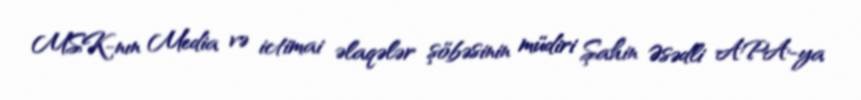
MSK-nın Media və ictimai əlaqələr şöbəsinin müdiri Şahin Əsədli APA-ya